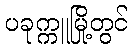
ပခုက္ကူမြို့တွင်